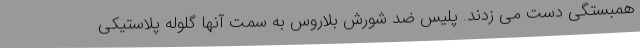
همبستگی دست می زدند. پلیس ضد شورش بلاروس به سمت آنها گلوله پلاستیکی